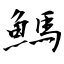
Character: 鰢